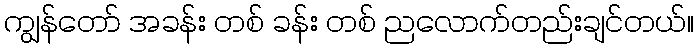
ကျွန်တော် အခန်း တစ် ခန်း တစ် ညလောက်တည်းချင်တယ်။